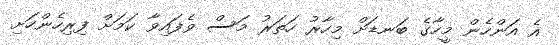
އެ އަންހެން މީހާގެ ބަނޑަށް މިހާރު ހަތަރު މަސް ވެފައިވާ ކަމަށް ފިިރިހެންހަށި